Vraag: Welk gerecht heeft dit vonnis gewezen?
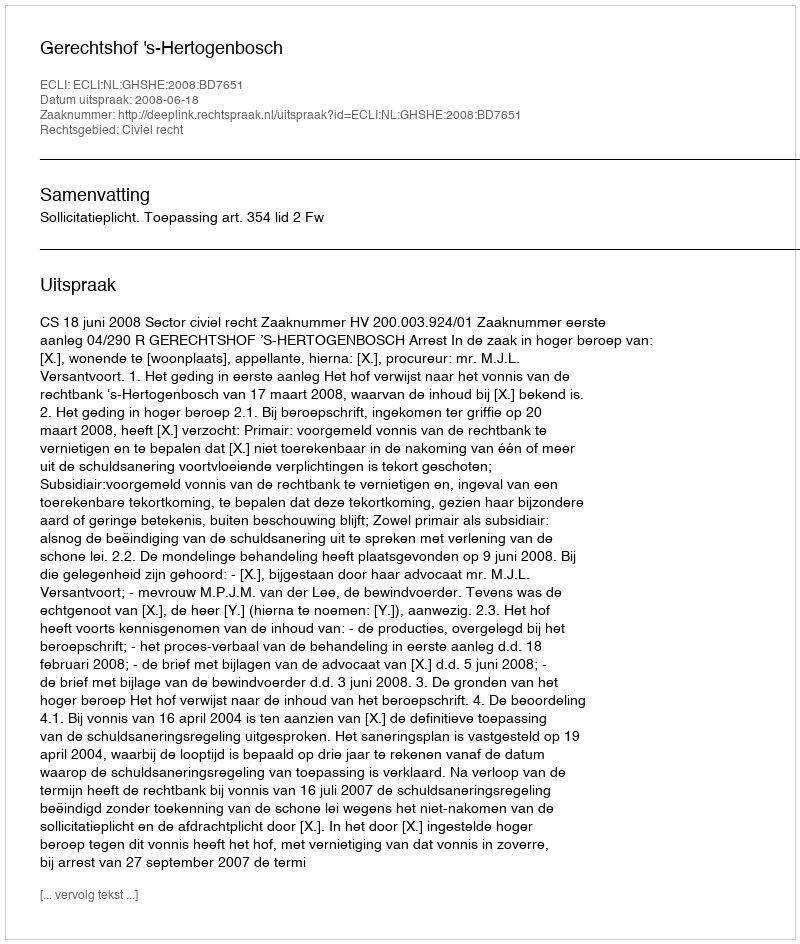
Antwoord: Gerechtshof 's-Hertogenbosch